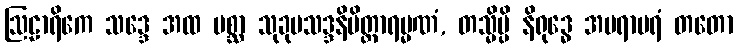
ဩဠာရိကေ သဒ္ဒေ အထ ပစ္ဆာ သုခုမသဒ္ဒနိမိတ္တာရမ္မဏံ, တသ္မိမ္ပိ နိရုဒ္ဓေ အပရာပရံ တတော